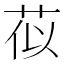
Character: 𫈄